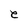
Character: e